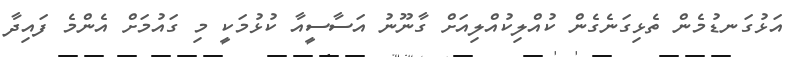
އަޅުގަނޑުމެން ތެޅިގަނެގެން ކުއްލިކުއްލިއަށް ގާނޫނު އަސާސީއާ ކުޅުމަކީ މި ގައުމަށް އެންމެ ފައިދާ